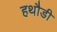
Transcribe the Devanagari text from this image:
हथौडी